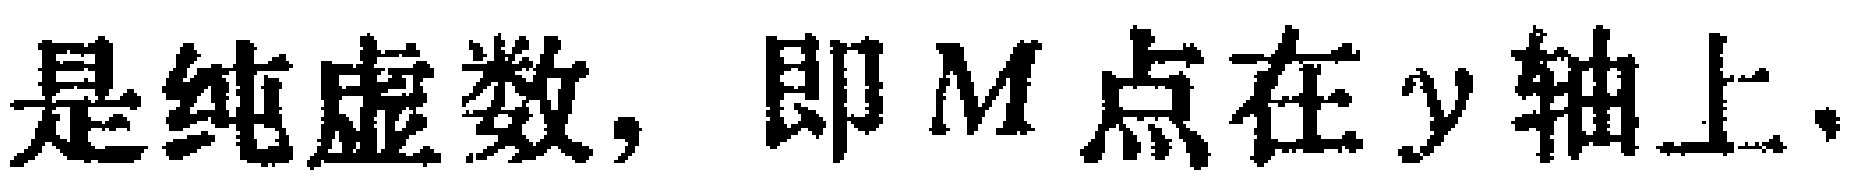
是纯虚数, 即 \(M\) 点在 \(y\) 轴上.